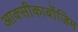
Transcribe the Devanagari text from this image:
आक्‍सीकार्बोजिम